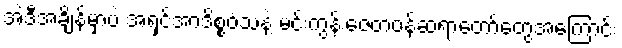
အဲဒီအချိန်မှာပဲ အရှင်အာဒိစ္စဝံသနဲ့ မင်းကွန်းဇေတဝန်ဆရာတော်တွေအကြောင်း